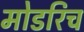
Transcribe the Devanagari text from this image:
मोडरिच